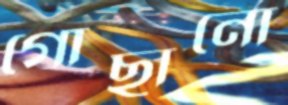
গোছানো